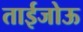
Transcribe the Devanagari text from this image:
ताईजोऊ